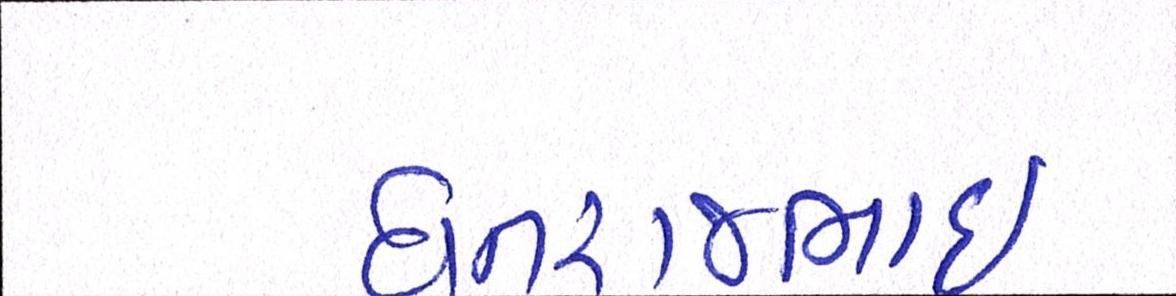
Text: ધનરાજભાઈ